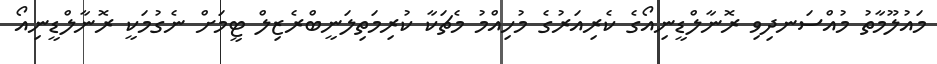
މައުލޫމާތު މުއްސަނދިވި ރޮނާލްޑީނިއޯގެ ކެރިއަރުގެ މުހިއްމު މެޗަކާ ކުރިމަތިލަނީބްރެޒިލް ޓީމަށް ނެގުމަކީ ރޮނާލްޑީނިއޯ